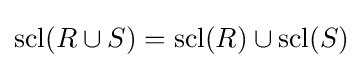
\operatorname {scl} (R\cup S)=\operatorname {scl} (R)\cup \operatorname {scl} (S)